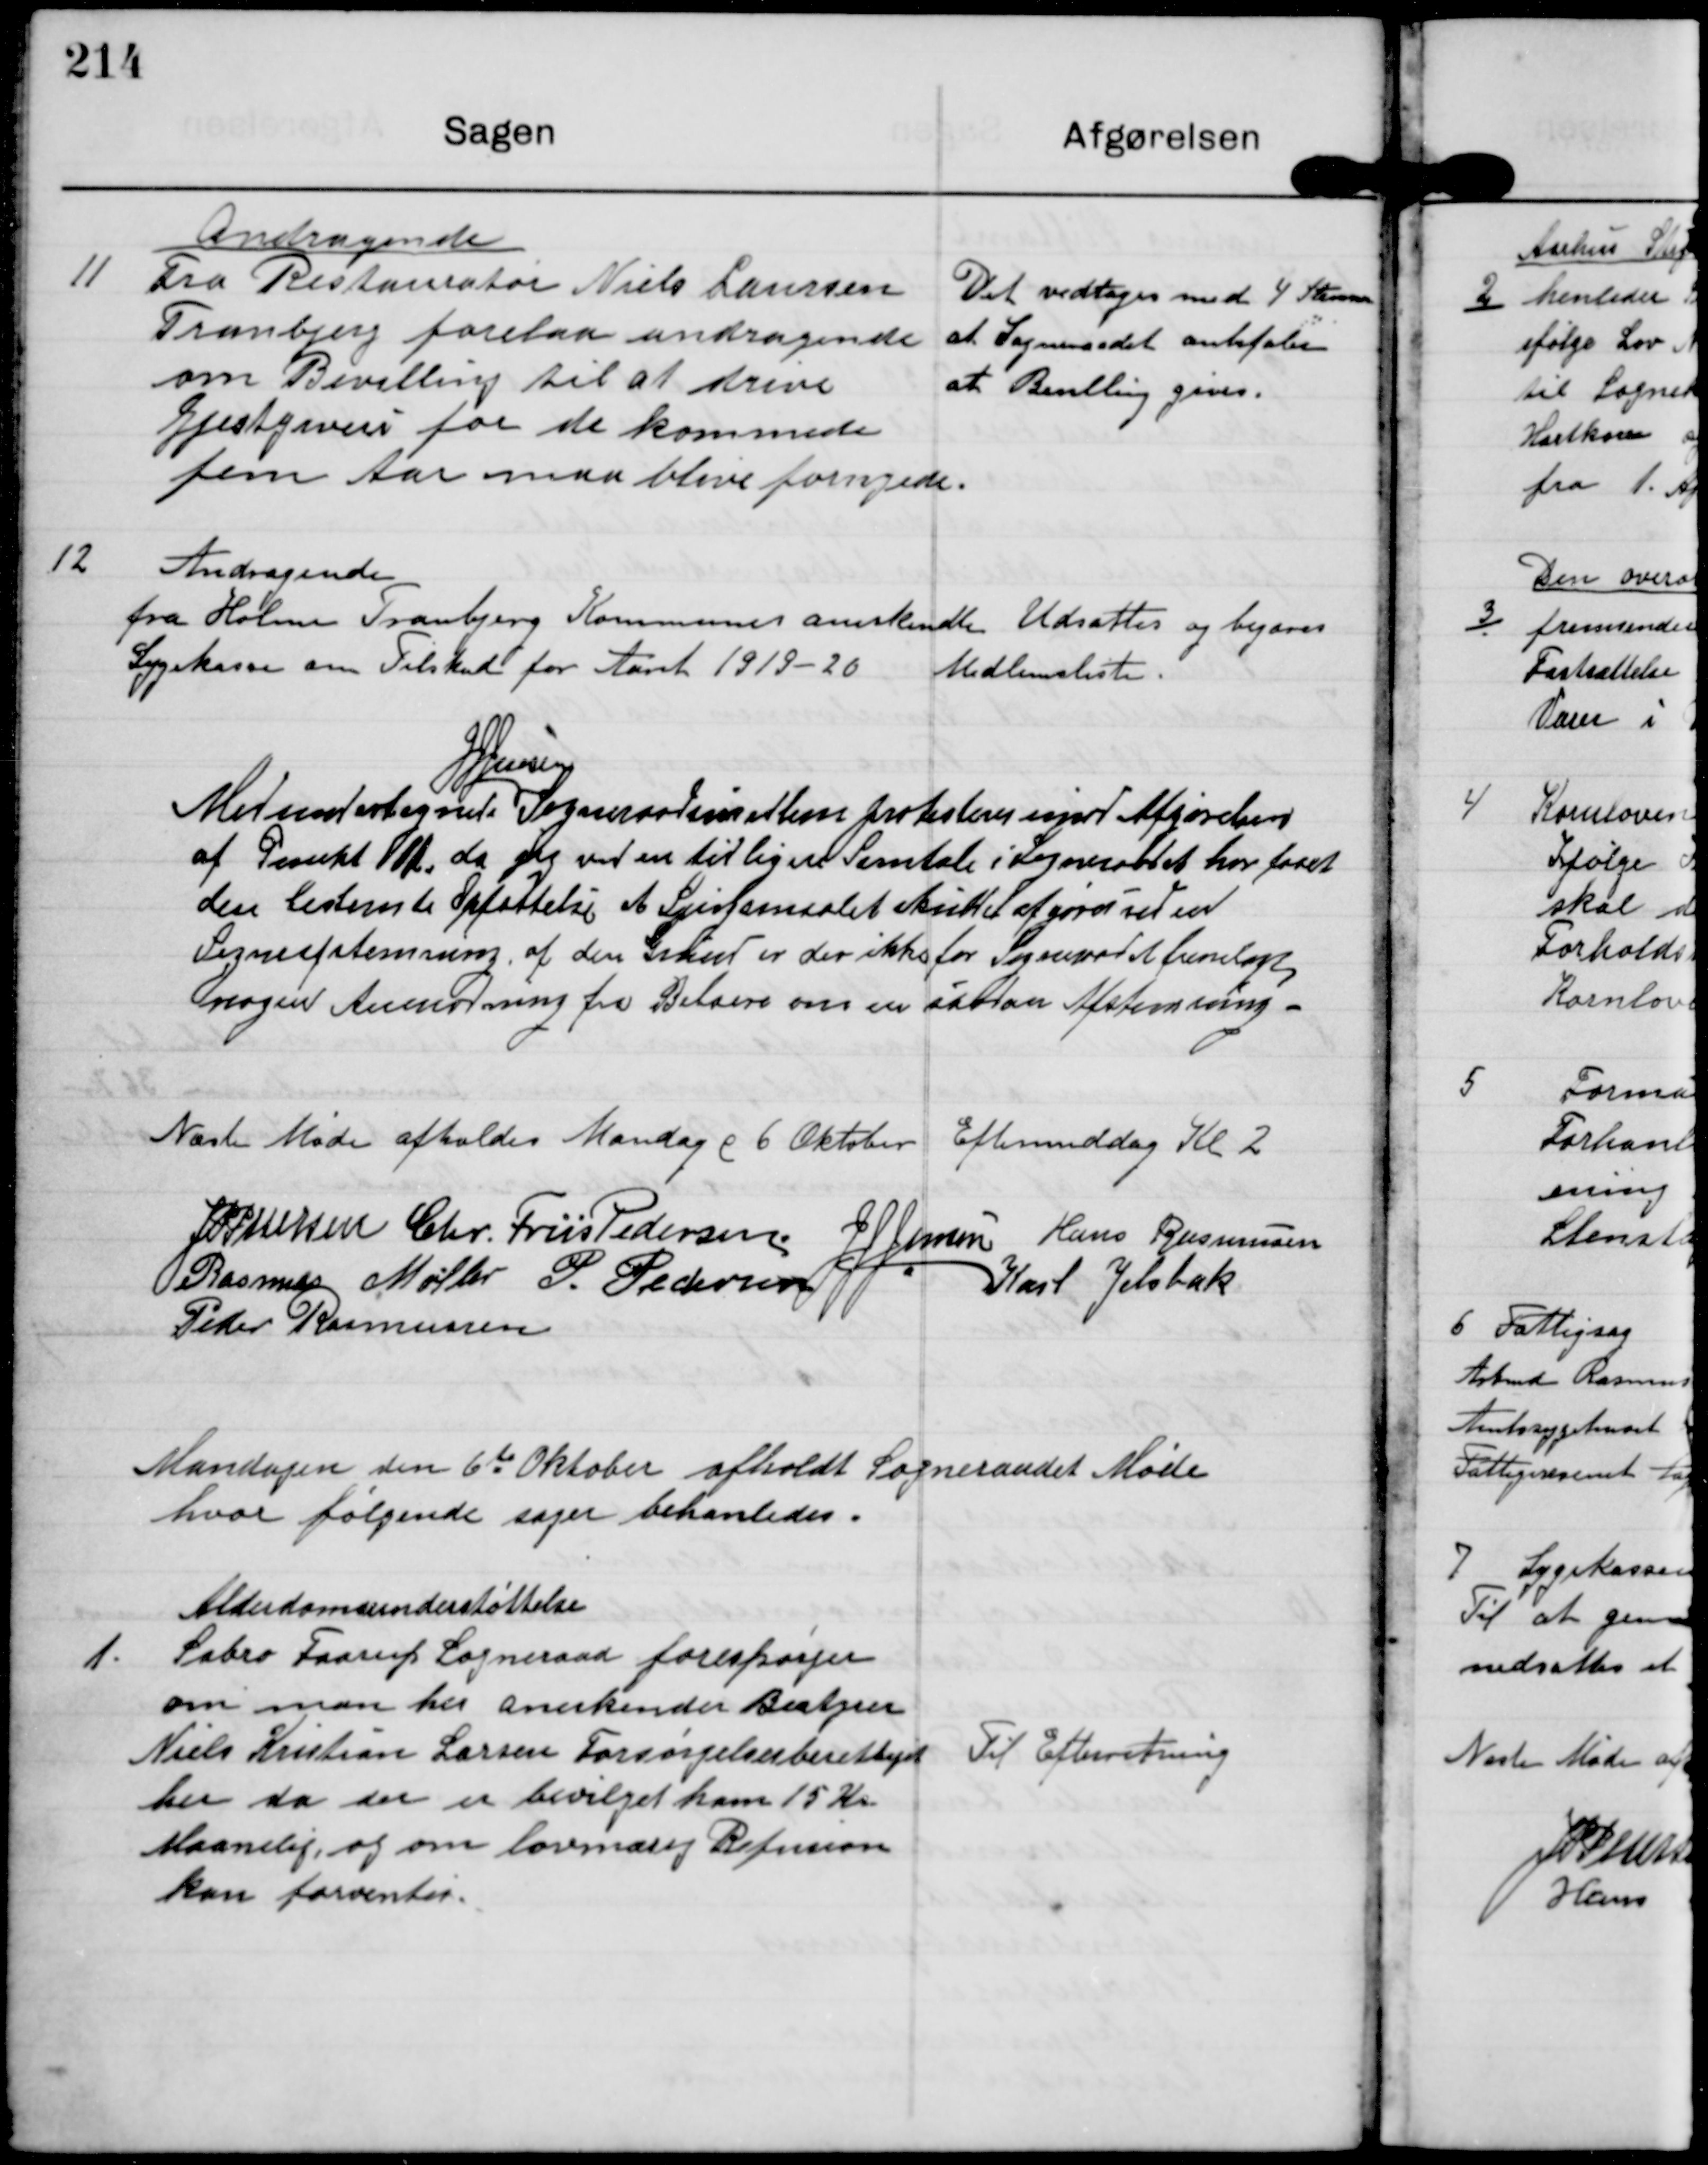
Transskription:
11

Andragende
Fra Restauratør Niels Laursen
Tranbjerg forelaa andragende
om Bevilling til at drive
Gjestgiveri for de kommende
fem Aar maa blive fornyede.

Det vedtoges med 4 Stemmer
at Sogneraadet anbefaler
at Bevilling gives

12

Andragende
fra Holme Tranbjerg Kommunes anerkendte
Sygekasse om Tilskud for Aaret 1919-20

Udsattes og begæres
Medlemsliste

J J Jensen

Medundertegnede Sogneraadsmedlem protesterer imod Afgørelsen
af Punkt 11, da jeg ved en tidligere Samtale i Sogneraadet har faaet
den bestemte Opfattelse at Spørgsmaalet skulle afgøres ved en
Sognesafstemning af den Grund er der ikke for Sogneraadet at fremlægge
nogen Anmodning fra Beboere om en ekstra Afstemning.

Næste Møde afholdes Mandag d 6 Oktober
Eftermiddag Kl 2

J P Pedersen

Chr. Friis Pedersen

J J Jensen

Hans Rasmussen

Rasmus Møller

P. Pedersen

Karl Jelsbak

Peder Rasmussen

Mandagen den 6te Oktober afholdt Sogneraadet Møde
hvor følgende sager behandledes.

2

Alderdomsunderstøttelse
Sabro Faarup Sogneraad forespørger
om man her anerkendes Bestyrer
Niels Kristian Larsens Forsørgelsesberettiget
her, da der er bevilget ham 15 kr.
Maanelig, og om lovmæsig Refusion
kan forventes.

Til Efterretning